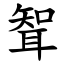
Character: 聟